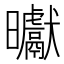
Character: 𭨓